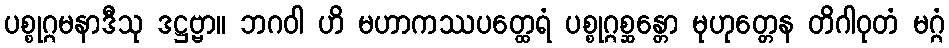
ပစ္စုဂ္ဂမနာဒီသု ဒဋ္ဌဗ္ဗာ။ ဘဂဝါ ဟိ မဟာကဿပတ္ထေရံ ပစ္စုဂ္ဂစ္ဆန္တော မုဟုတ္တေန တိဂါဝုတံ မဂ္ဂံ